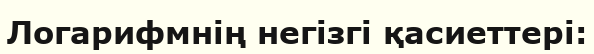
Логарифмнің негізгі қасиеттері: